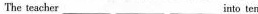
The teacher ___ ___ ___ into ten